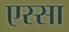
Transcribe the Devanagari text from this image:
एस्सा